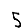
Digit: 5